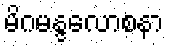
မိဂမန္ဒလောစနာ